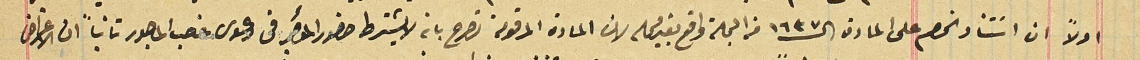
اولاً ان اسَتناد الخصم على المادة ال١٦٣٧ من المجلة واقع بغير محله لان المادة المرقومة تصرح بان لا يشترط حضور المؤجر في دعوى غصب الماجور ثانياً ان الاعتراض